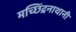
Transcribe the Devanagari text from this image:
मच्छिंद्रनाथानी